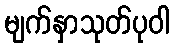
မျက်နှာသုတ်ပုဝါ